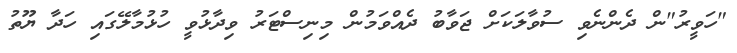
"ހަވީރު"ން ދެންނެވި ސުވާލަކަށް ޖަވާބު ދެއްވަމުން މިނިސްޓަރު ވިދާޅުވީ ހުޅުމާލޭގައި ހަދާ ޔޫތު